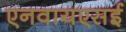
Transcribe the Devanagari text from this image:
एनवायएसई